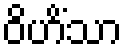
ဝိဟိံသာ